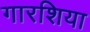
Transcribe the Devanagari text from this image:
गारशिया